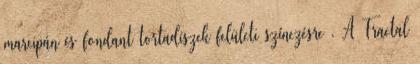
marcipán és fondant tortadíszek felületi színezésre . A Fractal